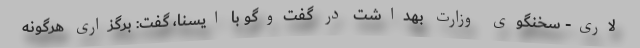
لاری- سخنگوی وزارت بهداشت در گفت‌وگو با ایسنا، گفت: برگزاری هرگونه